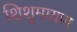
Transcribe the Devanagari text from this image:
शिशुमायण